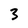
Character: 3